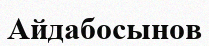
Айдабосынов